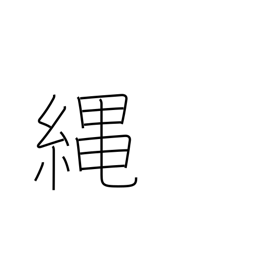
Meaning: cord